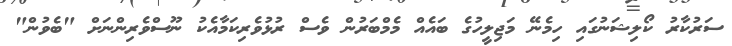
ސަރުކާރު ކޯލިޝަނުގައި ހިމެނޭ މަޖިލީހުގެ ބައެއް މެމްބަރުން ވެސް ރުޅުވެރިކަމާއެކު ނޫސްވެރިންނަށް "ބެވުން"